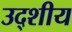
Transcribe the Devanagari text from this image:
उद्शीय